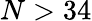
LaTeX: N>34